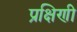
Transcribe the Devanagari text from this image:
प्रक्षिणी